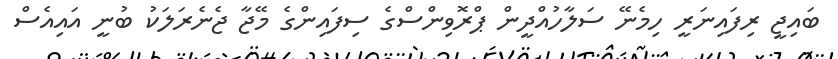
ބައިޖީ ރިފައިނަރީ ހިމެނޭ ސަލާހުއްދީން ޕްރޮވިންސްގެ ސިފައިންގެ މޭޖާ ޖެނެރަލަކު ބުނީ އައިއެސް